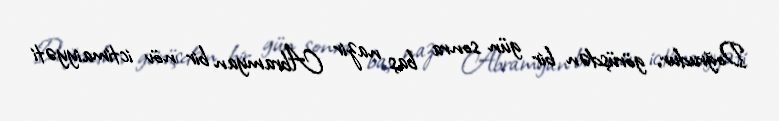
Doğrudur, görüşdən bir gün sonra baş nazir Abramyan bir növ ictimaiyyəti